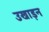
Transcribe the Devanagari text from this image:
उखाड़न